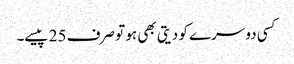
کسی دوسرے کو دیتی بھی ہو تو صرف 25 پیسے۔